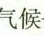
气候